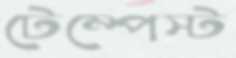
টেম্পেস্ট